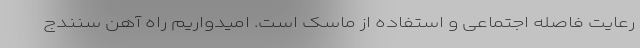
رعایت فاصله اجتماعی و استفاده از ماسک است. امیدواریم راه آهن سنندج